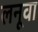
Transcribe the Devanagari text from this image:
लनूवा